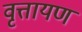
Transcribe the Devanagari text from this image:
वृत्तायण